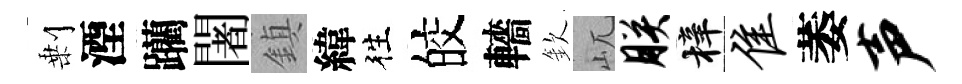
剰湮躪闍鎮緯徃皎轖欽屼朕梓隹萎声